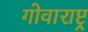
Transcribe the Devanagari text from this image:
गोवाराष्ट्र